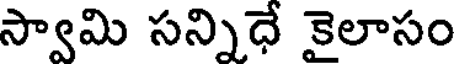
స్వామి సన్నిధే కైలాసం